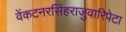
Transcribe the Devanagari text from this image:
वेंकटनरसिंहराजुवारिपेटा